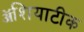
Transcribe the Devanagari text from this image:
ॲशियाटीक